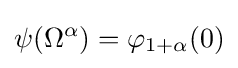
\psi (\Omega ^{\alpha })=\varphi _{1+\alpha }(0)